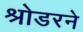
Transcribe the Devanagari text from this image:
श्रोडरने